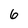
Character: 6